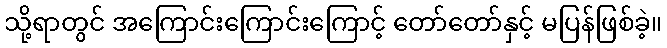
သို့ရာတွင် အကြောင်းကြောင်းကြောင့် တော်တော်နှင့် မပြန်ဖြစ်ခဲ့။